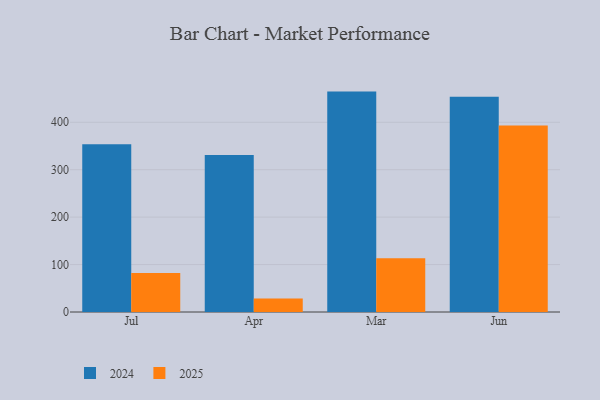
{"axis": {"x": "Month", "y": "Operating Costs (USD K)"}, "legend": ["2024", "2025"], "data": [{"x": "Jul", "y": 353.5, "type": "2024"}, {"x": "Jul", "y": 82.1, "type": "2025"}, {"x": "Apr", "y": 330.9, "type": "2024"}, {"x": "Apr", "y": 28.5, "type": "2025"}, {"x": "Mar", "y": 464.7, "type": "2024"}, {"x": "Mar", "y": 113.3, "type": "2025"}, {"x": "Jun", "y": 453.8, "type": "2024"}, {"x": "Jun", "y": 393.4, "type": "2025"}]}